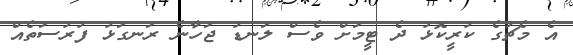
އެ މެޗުގެ ކުރީކޮޅު ދެ ޓީމަށް ވެސް ލަނޑު ޖަހާނެ ރަނގަޅު ފުރުސަތެއް